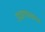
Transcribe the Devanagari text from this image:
उदाहरणस्‍वरुप